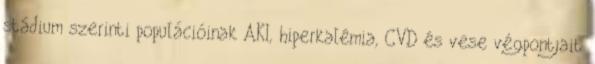
stádium szerinti populációinak AKI, hiperkalémia, CVD és vese végpontjait